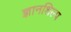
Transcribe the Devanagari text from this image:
ज्ञानशिल्प